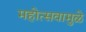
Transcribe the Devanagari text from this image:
महोत्सवामुळे